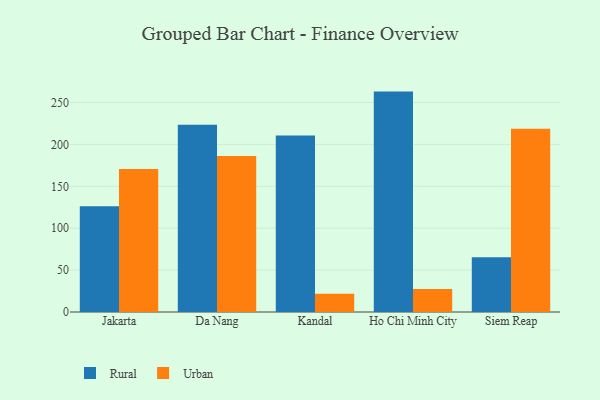
{"axis": {"x": "City", "y": "Demand Index"}, "legend": ["Rural", "Urban"], "data": [{"x": "Jakarta", "y": 126.1, "type": "Rural"}, {"x": "Jakarta", "y": 170.7, "type": "Urban"}, {"x": "Da Nang", "y": 223.4, "type": "Rural"}, {"x": "Da Nang", "y": 186.3, "type": "Urban"}, {"x": "Kandal", "y": 210.6, "type": "Rural"}, {"x": "Kandal", "y": 21.7, "type": "Urban"}, {"x": "Ho Chi Minh City", "y": 263.0, "type": "Rural"}, {"x": "Ho Chi Minh City", "y": 27.5, "type": "Urban"}, {"x": "Siem Reap", "y": 65.2, "type": "Rural"}, {"x": "Siem Reap", "y": 218.7, "type": "Urban"}]}